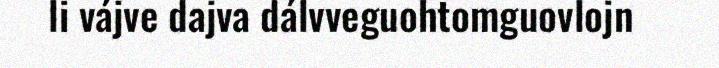
li vájve dajva dálvveguohtomguovlojn